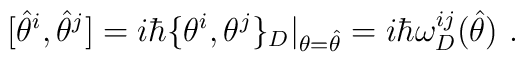
[\hat{\theta}^i,\hat{\theta}^j]=i\hbar \{\theta ^i,\theta ^j\}_D\vert_{\theta =\hat{\theta}}=i\hbar \omega ^{ij}_D (\hat{\theta })\ .